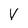
Character: V